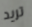
تريد